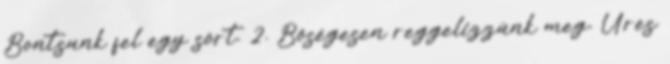
Bontsunk fel egy sört. 2. Bőségesen reggelizzünk meg. Üres